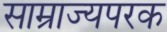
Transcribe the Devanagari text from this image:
साम्राज्यपरक